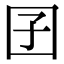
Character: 囝